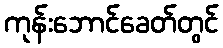
ကုန်းဘောင်ခေတ်တွင်